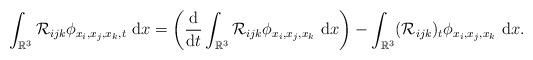
LaTeX: \begin{align*}\int_{\mathbb{R}^3} \mathcal{R}_{ijk}\phi_{x_i, x_j, x_k, t} ~\mbox{d}x =\left(\frac{\mbox{d}}{\mbox{d}t} \int_{\mathbb{R}^3}\mathcal{R}_{ijk}\phi_{x_i, x_j, x_k}~\mbox{d}x \right) -\int_{\mathbb{R}^3}(\mathcal{R}_{ijk})_t\phi_{x_i, x_j, x_k}~\mbox{d}x. \end{align*}